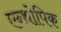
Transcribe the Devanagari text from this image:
एन्थ्रोपिक